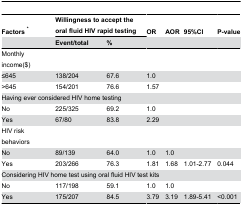
| Factors * | <COLSPAN=2> Willingness to accept the oral fluid HIV rapid testing | OR | AOR | 95%CI | P-value |
 |  | Event/total | % |  |  |  |  |
 | --- | --- | --- | --- | --- | --- | --- |
 | Monthly income($) |  |  |  |  |  |  |
 | ≤645 | 138/204 | 67.6 | 1.0 |  |  |  |
 | >645 | 154/201 | 76.6 | 1.57 |  |  |  |
 | <COLSPAN=7> Having ever considered HIV home testing |
 | No | 225/325 | 69.2 | 1.0 |  |  |  |
 | Yes | 67/80 | 83.8 | 2.29 |  |  |  |
 | HIV risk behaviors |  |  |  |  |  |  |
 | No | 89/139 | 64.0 | 1.0 | 1.0 |  |  |
 | Yes | 203/266 | 76.3 | 1.81 | 1.68 | 1.01-2.77 | 0.044 |
 | <COLSPAN=7> Considering HIV home test using oral fluid HIV test kits |
 | No | 117/198 | 59.1 | 1.0 | 1.0 |  |  |
 | Yes | 175/207 | 84.5 | 3.79 | 3.19 | 1.89-5.41 | <0.001 |